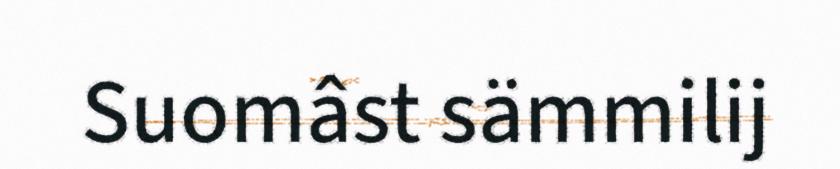
Suomâst sämmilij